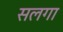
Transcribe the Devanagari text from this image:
सलगा